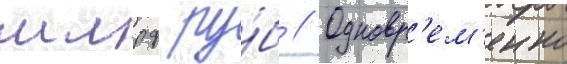
млрд ру́б // Одновр'ем'енно